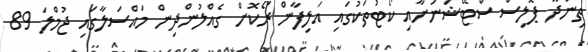
ތިނަދޫ ޕޮލިސް ސްޓޭޝަނަށާއި ކޯޓުތަކުގައި އަލިފާން ރޯކޮށް ގެއްލުންދިން މައްސަލާގައި ޖުމްލަ 89